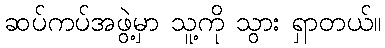
ဆပ်ကပ်အဖွဲ့မှာ သူ့ကို သွား ရှာတယ်။